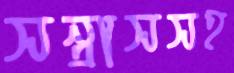
সন্ত্রাসসহ